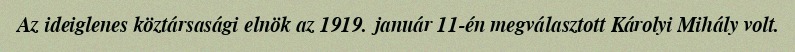
Az ideiglenes köztársasági elnök az 1919. január 11-én megválasztott Károlyi Mihály volt.